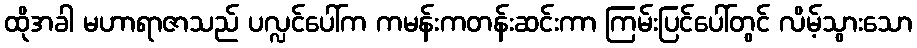
ထိုအခါ မဟာရာဇာသည် ပလ္လင်ပေါ်က ကမန်းကတန်းဆင်းကာ ကြမ်းပြင်ပေါ်တွင် လိမ့်သွားသော